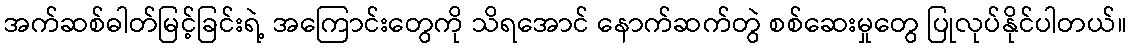
အက်ဆစ်ဓါတ်မြင့်ခြင်းရဲ့ အကြောင်းတွေကို သိရအောင် နောက်ဆက်တွဲ စစ်ဆေးမှုတွေ ပြုလုပ်နိုင်ပါတယ်။